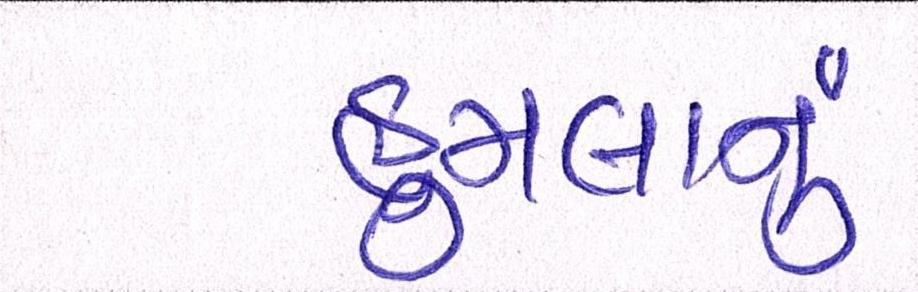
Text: હુમલાનું